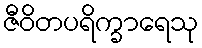
ဇီဝိတပရိက္ခာရေသု